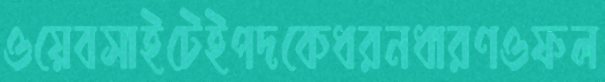
ওয়েবসাইটেইপদকেধরনধারণওফল